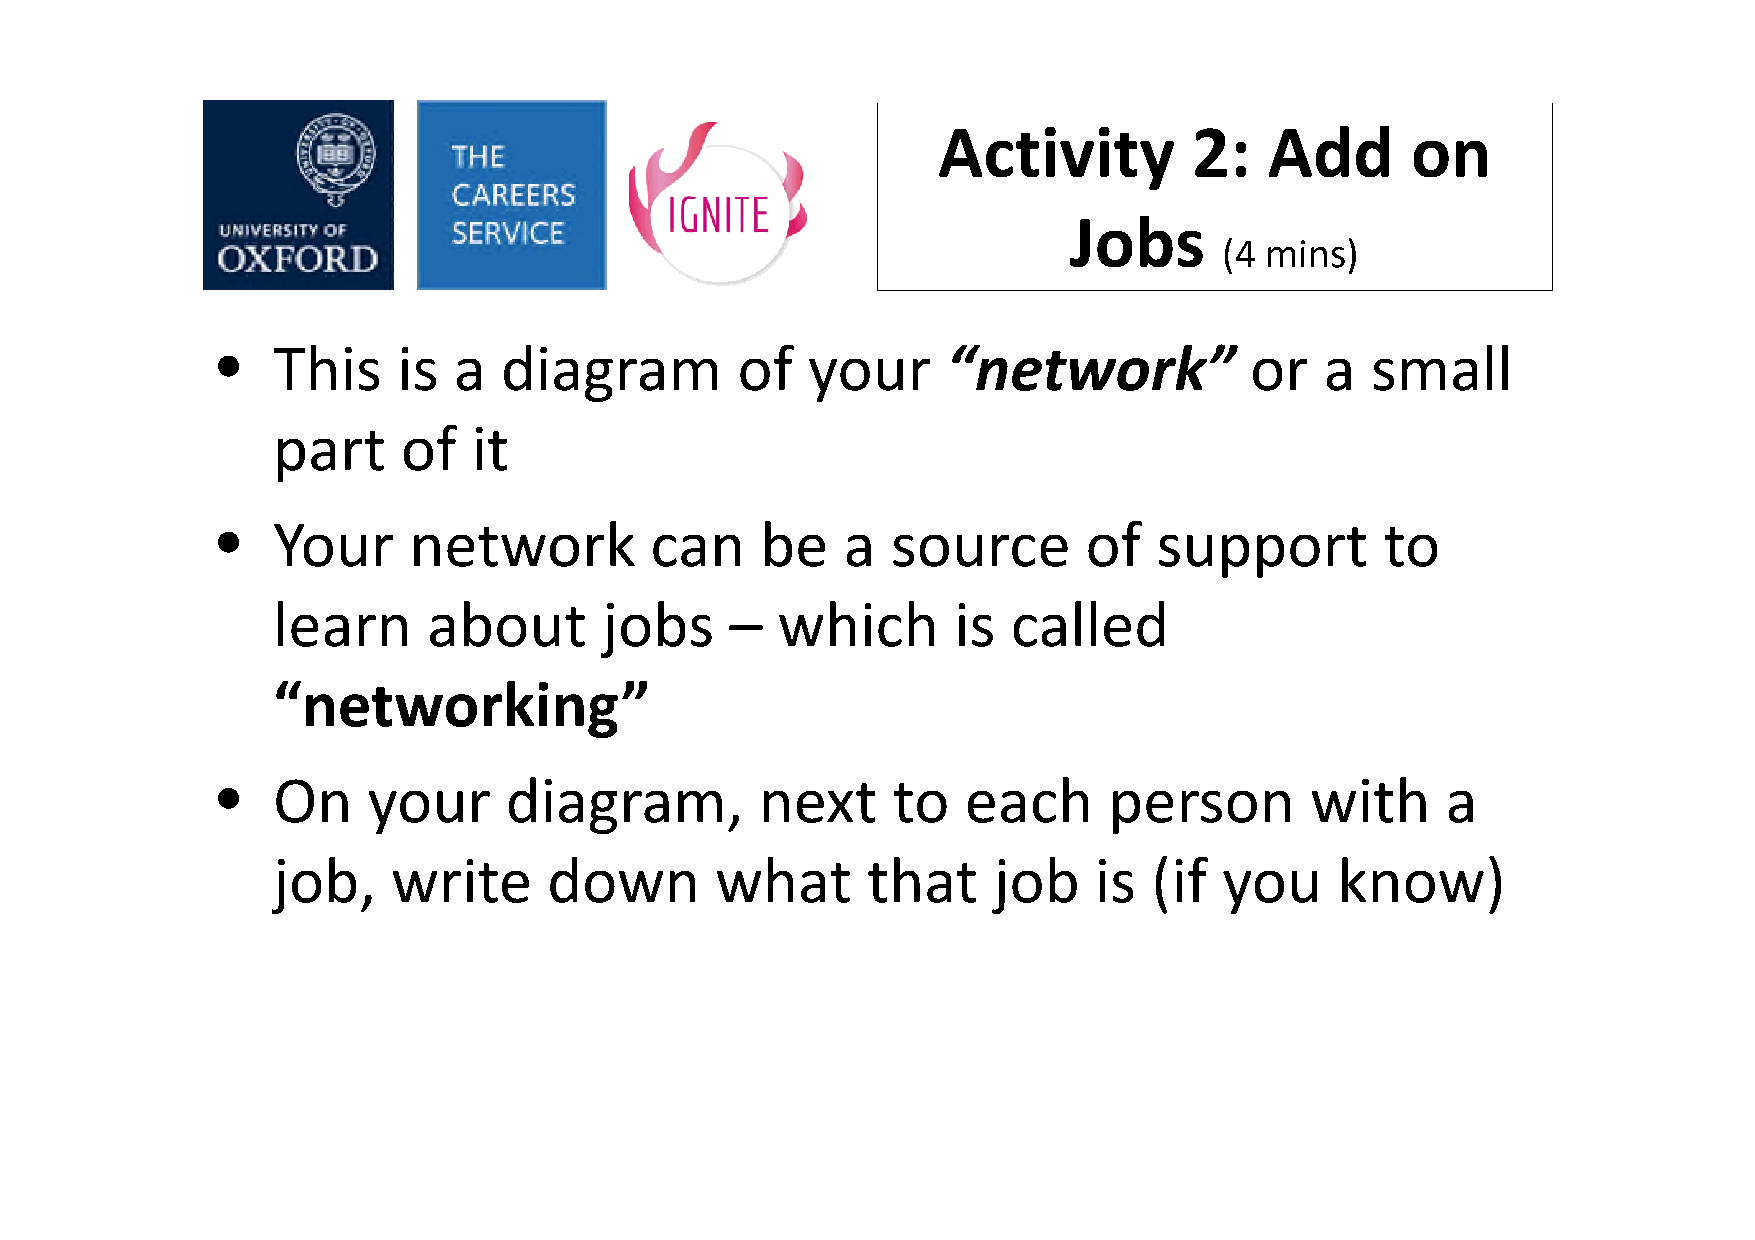
Activity         2:   Add      on
 Jobs
 (4 mins)
 •   This    is  a  diagram         of  your      “network”           or   a  small
 part     of  it
 •   Your     network         can    be    a  source       of   support        to
 learn     about       jobs    –  which       is  called
 “networking”
 •   On    your     diagram,         next     to   each     person        with     a
 job,    write     down       what      that     job   is  (if  you    know)